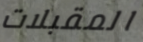
المقبلات